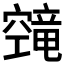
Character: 𬔔